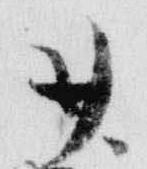
廿